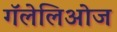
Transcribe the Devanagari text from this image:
गॅलेलिओज